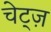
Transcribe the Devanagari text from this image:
चेट्ज़